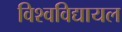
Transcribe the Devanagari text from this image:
विश्‍वविद्यायल